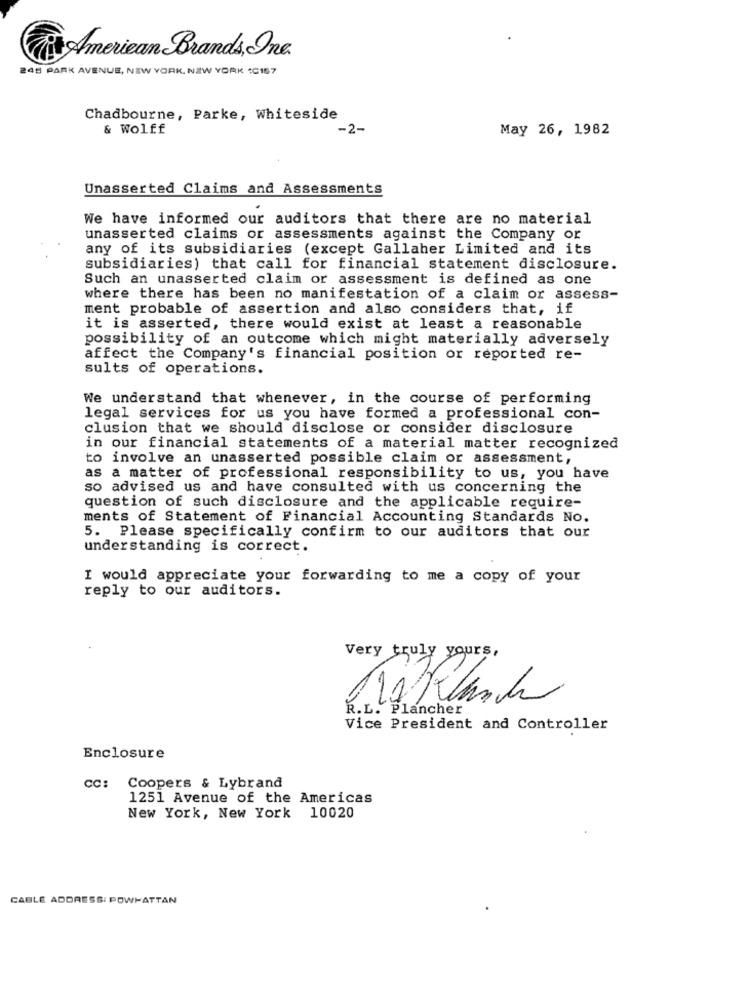
American Brands, One
245 PARK AVENUE, NEW YORK, NEW YORK 1C157
Chadbourne, Parke, Whiteside
& Wolff
-2-
May 26, 1982
Unasserted Claims and Assessments
We have informed our auditors that there are no material
unasserted claims or assessments against the Company or
any of its subsidiaries (except Gallaher Limited and its
subsidiaries) that call for financial statement disclosure.
Such an unasserted claim or assessment is defined as one
where there has been no manifestation of a claim or assess-
ment probable of assertion and also considers that, if
it is asserted, there would exist at least a reasonable
possibility of an outcome which might materially adversely
affect the Company's financial position or reported re-
sults of operations.
We understand that whenever, in the course of performing
legal services for us you have formed a professional con-
clusion that we should disclose or consider disclosure
in our financial statements of a material matter recognized
to involve an unasserted possible claim or assessment,
as a matter of professional responsibility to us, you have
so advised us and have consulted with us concerning the
question of such disclosure and the applicable require-
ments of Statement of Financial Accounting Standards No.
5. Please specifically confirm to our auditors that our
understanding is correct.
I would appreciate your forwarding to me a copy of your
reply to our auditors.
Very truly yours,
R.L. Plancher
Vice President and Controller
Enclosure
CC:
Coopers & Lybrand
1251 Avenue of the Americas
New York, New York 10020
CABLE ADDRESS: POWHATTAN